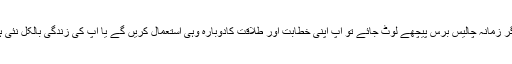
اب اگر زمانہ چالیس برس پیچھے لوٹ جائے تو آپ اپنی خطابت اور طلاقت کادوبارہ وہی استعمال کریں گے یا آپ کی زندگی بالکل نئی ہوگی۔